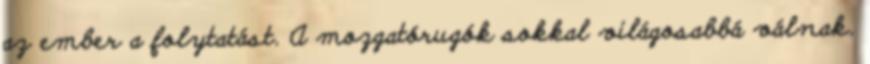
az ember a folytatást. A mozgatórugók sokkal világosabbá válnak.